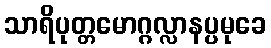
သာရိပုတ္တမောဂ္ဂလ္လာနပ္ပမုခေ